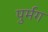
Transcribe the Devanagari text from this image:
पुर्मग